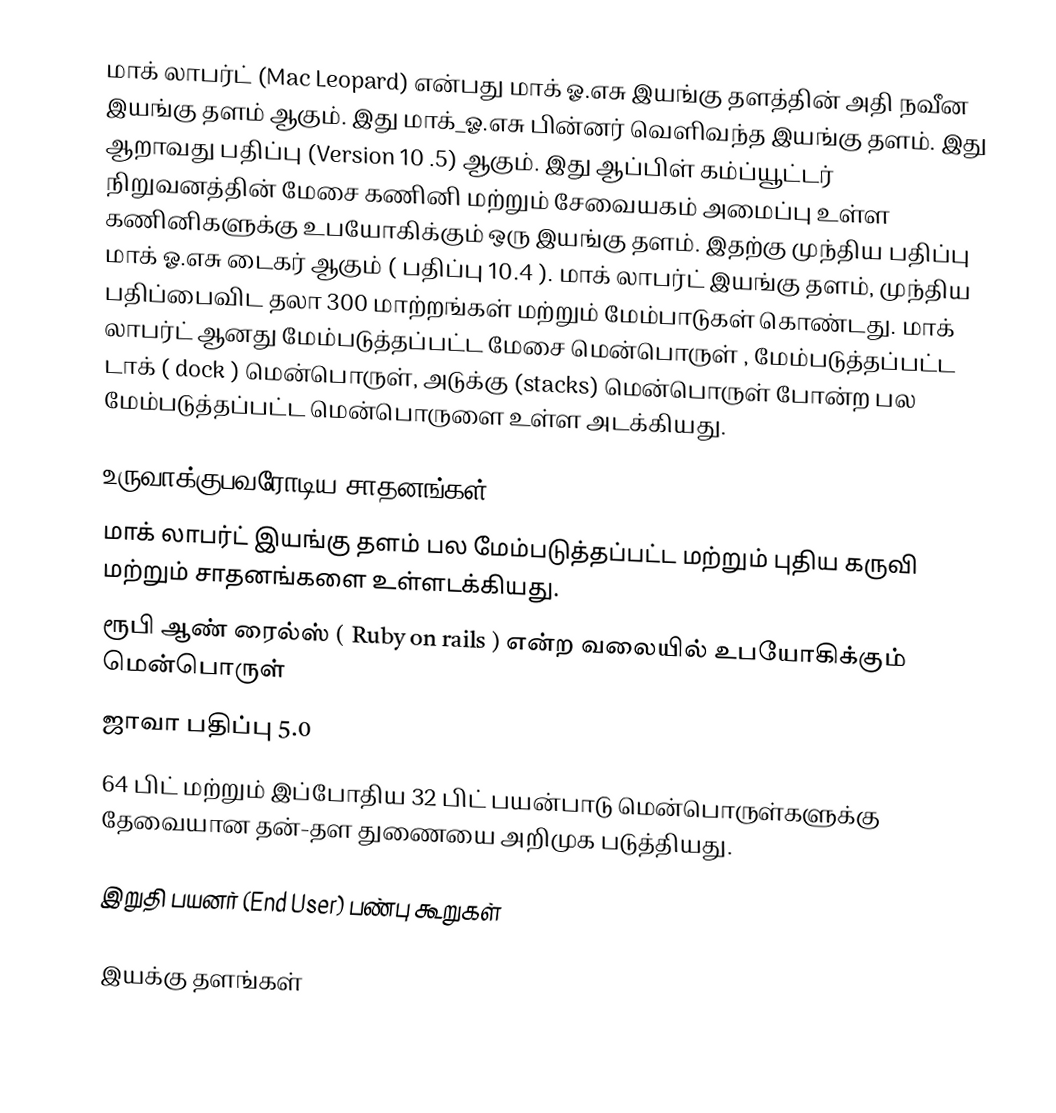
மாக் லாபர்ட் (Mac Leopard) என்பது மாக் ஓ.எசு இயங்கு தளத்தின் அதி நவீன இயங்கு தளம் ஆகும். இது மாக்_ஓ.எசு பின்னர் வெளிவந்த இயங்கு தளம். இது ஆறாவது பதிப்பு (Version 10 .5) ஆகும்.  இது ஆப்பிள் கம்ப்யூட்டர் நிறுவனத்தின் மேசை கணினி மற்றும் சேவையகம் அமைப்பு உள்ள கணினிகளுக்கு உபயோகிக்கும் ஒரு இயங்கு தளம். இதற்கு முந்திய பதிப்பு மாக் ஓ.எசு டைகர் ஆகும் ( பதிப்பு 10.4 ). மாக் லாபர்ட் இயங்கு தளம், முந்திய பதிப்பைவிட தலா 300 மாற்றங்கள் மற்றும்  மேம்பாடுகள் கொண்டது. மாக் லாபர்ட் ஆனது மேம்படுத்தப்பட்ட மேசை மென்பொருள் , மேம்படுத்தப்பட்ட டாக் ( dock ) மென்பொருள், அடுக்கு (stacks) மென்பொருள் போன்ற பல மேம்படுத்தப்பட்ட மென்பொருளை உள்ள அடக்கியது.

உருவாக்குபவரோடிய சாதனங்கள் (Developer tools)
மாக் லாபர்ட் இயங்கு தளம் பல மேம்படுத்தப்பட்ட மற்றும் புதிய கருவி மற்றும் சாதனங்களை உள்ளடக்கியது.
 ரூபி ஆண் ரைல்ஸ் ( Ruby on  rails ) என்ற வலையில் உபயோகிக்கும் மென்பொருள்
 ஜாவா பதிப்பு 5.0
 64 பிட் மற்றும் இப்போதிய 32 பிட் பயன்பாடு மென்பொருள்களுக்கு தேவையான தன்-தள துணையை அறிமுக படுத்தியது.

இறுதி பயனர் (End User)  பண்பு கூறுகள்

இயக்கு தளங்கள்